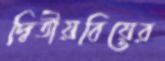
দ্বিতীয়বিয়ের